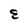
Character: E